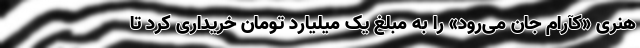
هنری «کآرام جان می‌رود» را به مبلغ یک میلیارد تومان خریداری کرد تا